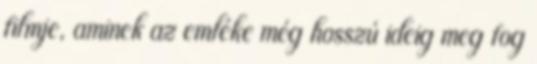
filmje, aminek az emléke még hosszú ideig meg fog